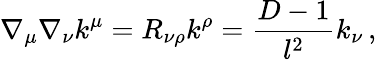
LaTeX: \nabla_{\mu}\nabla_{\nu}k^{\mu}=R_{\nu\rho}k^{\rho}=\frac{D-1}{l^{2}}k_{\nu}\, ,